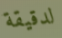
لدقيقة